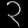
Digit: ၃